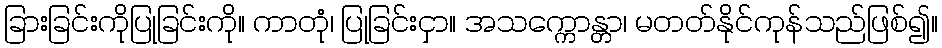
ခြားခြင်းကိုပြုခြင်းကို။ ကာတုံ၊ ပြုခြင်းငှာ။ အသက္ကောန္တာ၊ မတတ်နိုင်ကုန်သည်ဖြစ်၍။